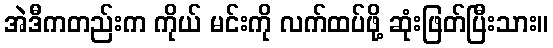
အဲဒီကတည်းက ကိုယ် မင်းကို လက်ထပ်ဖို့ ဆုံးဖြတ်ပြီးသား။